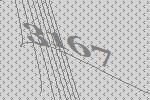
3167